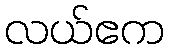
လယ်ဧက